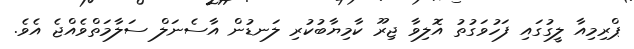
ޕްރިމިއާ ލީގުގައި ފަހުވަގުތު އޮލިވާ ޖިރޫ ކާމިޔާބުކުރި ލަނޑުން އާސެނަލް ސަލާމަތްވެއްޖެ އެވެ.